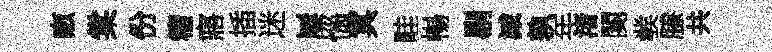
畞棠份籕寤插迷屢惱冥畦暢剔減孰年渚闋彂縢共